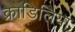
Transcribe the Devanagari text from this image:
क्रोडिलिया